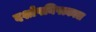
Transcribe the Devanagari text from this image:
दशोपनिषत्काल